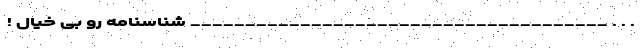
. . . ______________________________________ شناسنامه رو بی خیال !